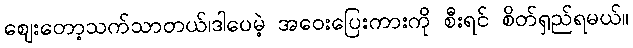
ဈေးတော့သက်သာတယ်၊ဒါပေမဲ့ အဝေးပြေးကားကို စီးရင် စိတ်ရှည်ရမယ်။